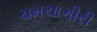
ચમચાગીરી